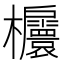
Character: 𣡬